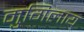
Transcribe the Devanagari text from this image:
मुगिलाय